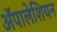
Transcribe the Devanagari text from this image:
ॲपालेशियन